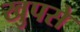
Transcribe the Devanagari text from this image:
खुपसे